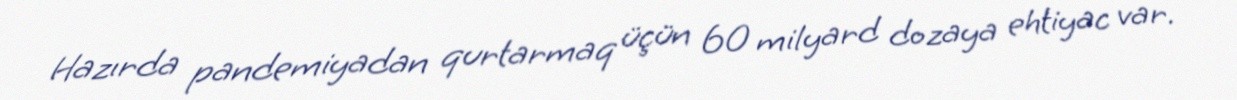
Hazırda pandemiyadan qurtarmaq üçün 60 milyard dozaya ehtiyac var.